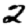
Digit: 2